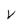
Character: V